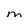
Character: m